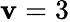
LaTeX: \mathbf{v}=3